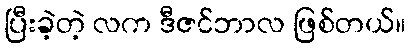
ပြီးခဲ့တဲ့ လက ဒီဇင်ဘာလ ဖြစ်တယ်။